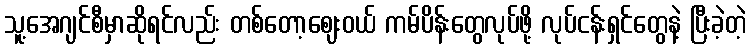
သူ့အေဂျင်စီမှာဆိုရင်လည်း တစ်တော့ဈေးဝယ် ကမ်ပိန်းတွေလုပ်ဖို့ လုပ်ငန်းရှင်တွေနဲ့ ပြီးခဲ့တဲ့